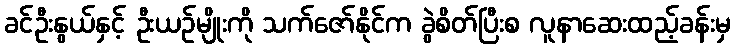
ခင်ဦးနွယ်နှင့် ဦးယဉ်မျိုးကို သက်ဇော်နိုင်က ခွဲစိတ်ပြီးစ လူနာဆေးထည့်ခန်းမှ